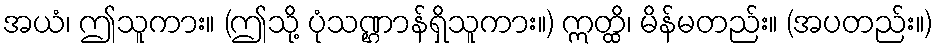
အယံ၊ ဤသူကား။ (ဤသို့ ပုံသဏ္ဌာန်ရှိသူကား။) ဣတ္ထိ၊ မိန်မတည်း။ (အပတည်း။)